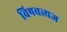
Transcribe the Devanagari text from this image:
विषवत्त्यज